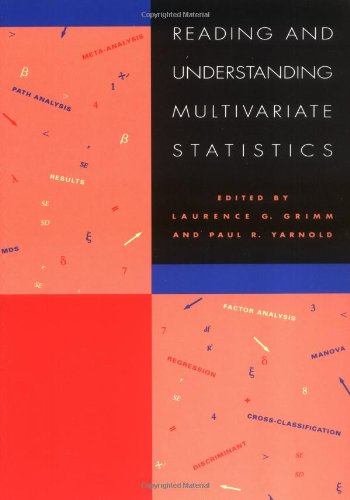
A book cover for Reading & Understanding Multivariate Statistics; Laurence G. Grimm; Medical Books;